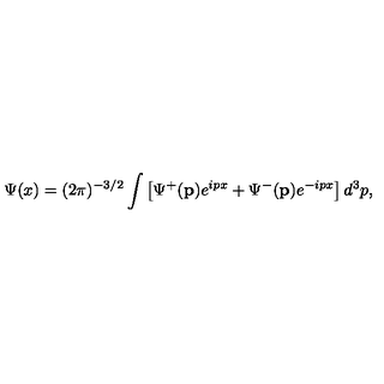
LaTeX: \Psi ( x ) = ( 2 \pi ) ^ { - 3 / 2 } \int \left[ \Psi ^ { + } ( \mathbf { p } ) e ^ { i p x } + \Psi ^ { - } ( \mathbf { p } ) e ^ { - i p x } \right] d ^ { 3 } p ,